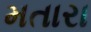
મતારા